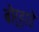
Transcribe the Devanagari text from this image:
बोर्‍हाडे